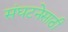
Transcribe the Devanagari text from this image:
संघटनेसाठी